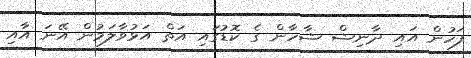
ފަހުން އައި ދާނިޝް ޝާހާން ގެ ކޮޑުގައި އަތް އަޅުވާލަމުން އޭނަ އާއި